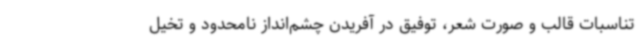
تناسبات قالب و صورت شعر، توفیق در آفریدن چشم‌انداز نامحدود و تخیل